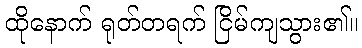
ထိုနောက် ရုတ်တရက် ငြိမ်ကျသွား၏။